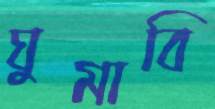
ঘুমাবি